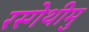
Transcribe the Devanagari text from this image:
रस्गेथीमु